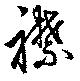
襟